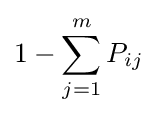
1-\sum _{j=1}^{m}P_{ij}